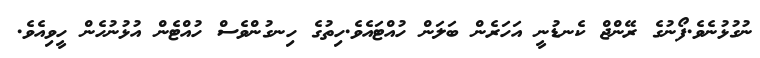
ނުގުޅުނެވެ.ފޯނުގެ ރޭންޖް ކެނޑުނީ އަހަރެން ބަލަން ހުއްޓައެވެ.ހިތުގެ ހިނގުންވެސް ހުއްޓެން އުޅުނުހެން ހީވިއެވެ.